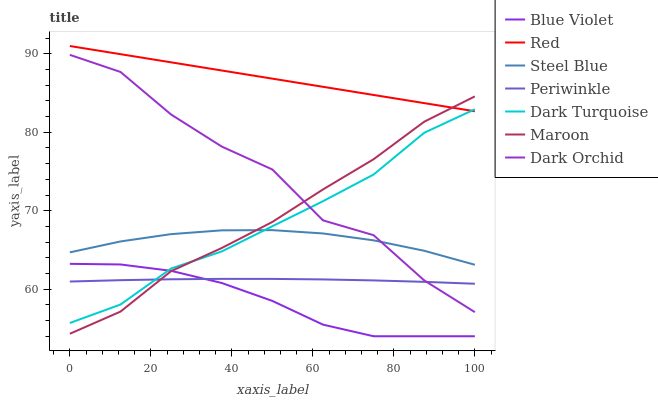
| xaxis_label | Blue Violet | Red | Steel Blue | Periwinkle | Dark Turquoise | Maroon | Dark Orchid |
 | --- | --- | --- | --- | --- | --- | --- | --- |
 | 0 | 63.2 | 91 | 64.7 | 61 | 55.7 | 54.3 | 89.9 |
 | 12.5 | 63.2 | 90 | 66.1 | 61.1 | 58 | 57.1 | 87.7 |
 | 25 | 62.3 | 88.9 | 67 | 61.3 | 62.6 | 62.3 | 82.3 |
 | 37.5 | 60.8 | 87.9 | 67.5 | 61.3 | 64.8 | 65.2 | 78.2 |
 | 50 | 58.5 | 86.8 | 67.5 | 61.3 | 68 | 68.6 | 75.3 |
 | 62.5 | 55.5 | 85.8 | 67.1 | 61.2 | 71.2 | 72.7 | 68.8 |
 | 75 | 54 | 84.8 | 66.2 | 61.1 | 74.6 | 76.6 | 66.9 |
 | 87.5 | 54 | 83.7 | 64.9 | 60.9 | 79.9 | 81.4 | 61.1 |
 | 100 | 54 | 82.7 | 63.1 | 60.7 | 82.9 | 84.6 | 57.1 |